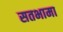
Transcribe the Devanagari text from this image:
सतभामा